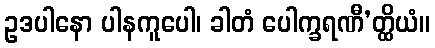
ဥဒပါနော ပါနကူပေါ၊ ခါတံ ပေါက္ခရဏီ’တ္ထိယံ။